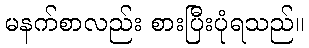
မနက်စာလည်း စားပြီးပုံရသည်။